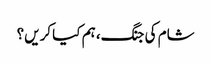
شام کی جنگ، ہم کیا کریں؟